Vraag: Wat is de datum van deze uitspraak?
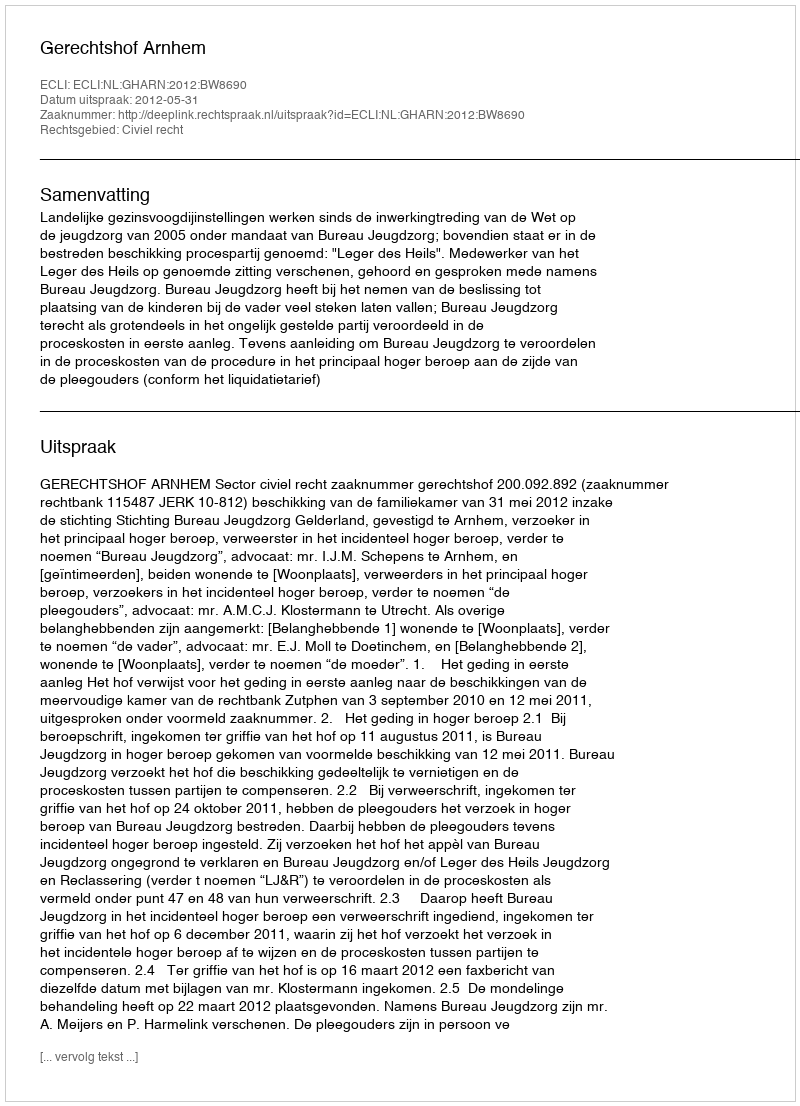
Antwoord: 2012-05-31